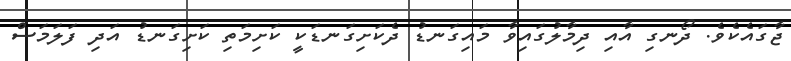
ޖާގައެކެވެ. ދޯނގި އާއި ދިމާލުގައިވާ މައިގަނޑު ދެކަށިގަނޑަކީ ކަށިމަތި ކަށިގަނޑު އަދި ފަލަމަސް